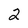
Character: 2